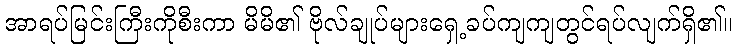
အာရပ်မြင်းကြီးကိုစီးကာ မိမိ၏ ဗိုလ်ချုပ်များရှေ့ခပ်ကျကျတွင်ရပ်လျက်ရှိ၏။